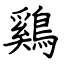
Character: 鷄